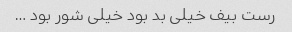
رست بیف خیلی بد بود خیلی شور بود …